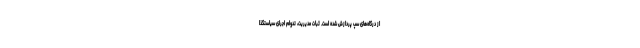
از درگاه‌های سپ پردازش شده است. ثبات مدیریت، تدوام اجرای سیاستگذا